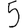
Digit: 5